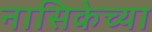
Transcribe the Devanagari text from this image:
नासिकेच्या